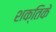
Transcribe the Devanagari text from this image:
शक्तिके